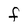
Character: F